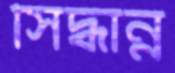
সিদ্ধান্ন